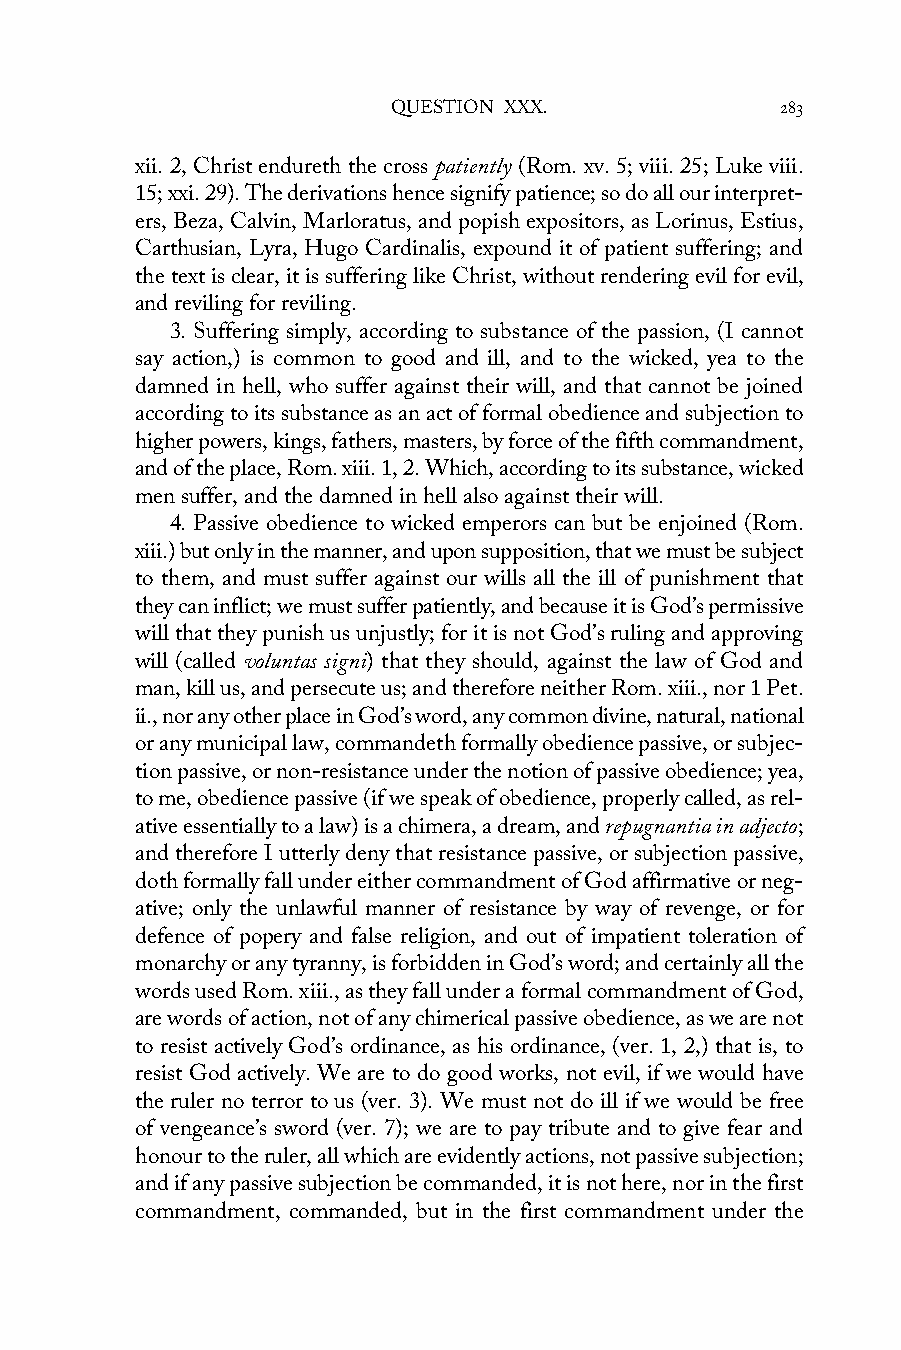
QUESTION XXX.             283
 xii. 2, Christ endureth the cross patiently (Rom. xv. 5; viii. 25; Luke viii.
 15; xxi. 29). The derivations hence signify patience; so do all our interpret-
 ers, Beza, Calvin, Marloratus, and popish expositors, as Lorinus, Estius,
 Carthusian, Lyra, Hugo Cardinalis, expound it of patient suffering; and
 the text is clear, it is suffering like Christ, without rendering evil for evil,
 and reviling for reviling.
 3. Suffering simply, according to substance of the passion, (I cannot
 say action,) is common to good and ill, and to the wicked, yea to the
 damned in hell, who suffer against their will, and that cannot be joined
 according to its substance as an act of formal obedience and subjection to
 higher powers, kings, fathers, masters, by force of the fifth commandment,
 and of the place, Rom. xiii. 1, 2. Which, according to its substance, wicked
 men suffer, and the damned in hell also against their will.
 4. Passive obedience to wicked emperors can but be enjoined (Rom.
 xiii.) but only in the manner, and upon supposition, that we must be subject
 to them, and must suffer against our wills all the ill of punishment that
 they can inflict; we must suffer patiently, and because it is God’s permissive
 will that they punish us unjustly; for it is not God’s ruling and approving
 will (called voluntas signi) that they should, against the law of God and
 man, kill us, and persecute us; and therefore neither Rom. xiii., nor 1 Pet.
 ii., nor any other place in God’s word, any common divine, natural, national
 or any municipal law, commandeth formally obedience passive, or subjec-
 tion passive, or non-resistance under the notion of passive obedience; yea,
 to me, obedience passive (if we speak of obedience, properly called, as rel-
 ative essentially to a law) is a chimera, a dream, and repugnantia in adjecto;
 and therefore I utterly deny that resistance passive, or subjection passive,
 doth formally fall under either commandment of God affirmative or neg-
 ative; only the unlawful manner of resistance by way of revenge, or for
 defence of popery and false religion, and out of impatient toleration of
 monarchy or any tyranny, is forbidden in God’s word; and certainly all the
 words used Rom. xiii., as they fall under a formal commandment of God,
 are words of action, not of any chimerical passive obedience, as we are not
 to resist actively God’s ordinance, as his ordinance, (ver. 1, 2,) that is, to
 resist God actively. We are to do good works, not evil, if we would have
 the ruler no terror to us (ver. 3). We must not do ill if we would be free
 of vengeance’s sword (ver. 7); we are to pay tribute and to give fear and
 honour to the ruler, all which are evidently actions, not passive subjection;
 and if any passive subjection be commanded, it is not here, nor in the first
 commandment, commanded, but in the first commandment under the